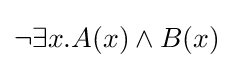
\neg \exists x.A(x)\land B(x)